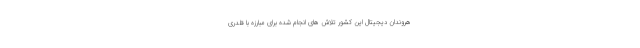
هروندان دیجیتال این کشور تلاش های انجام شده برای مبارزه با قلدری